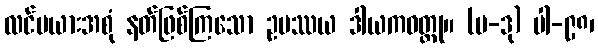
လင်မယားအစုံ နတ်ဖြစ်ကြသော ဥပဿယ ဒါယကဝတ္ထု။ (ပ-ဒု) ပါ-၉၈၊